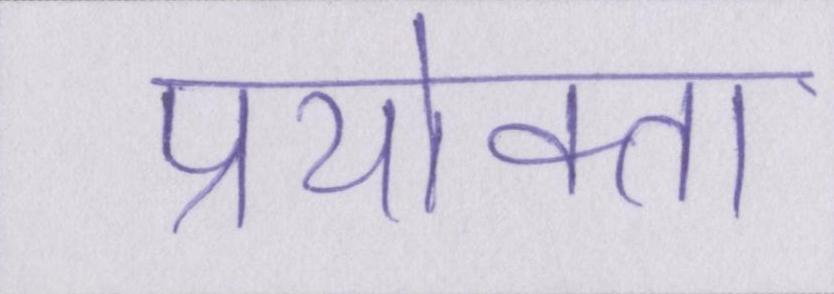
प्रयोक्ता